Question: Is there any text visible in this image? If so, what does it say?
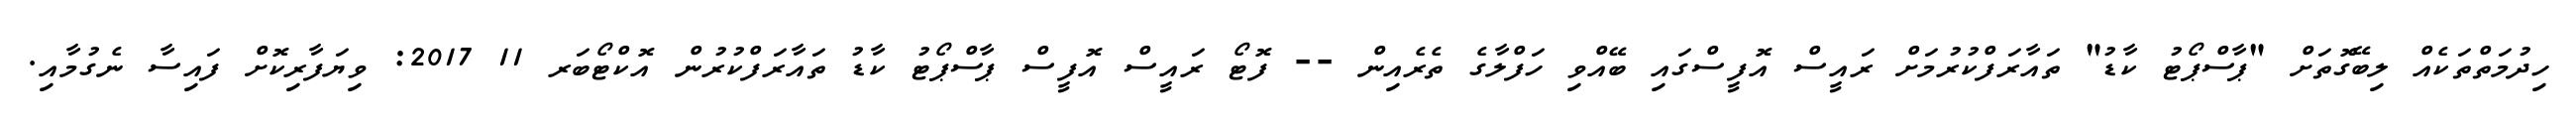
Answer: ހިދުމަތްތަކެއް ލިބޭގޮތަށް "ޕާސްޕޯޓު ކާޑު" ތައާރަފްކުރުމަށް ރައީސް އޮފީސްގައި ބޭއްވި ހަފްލާގެ ތެރެއިން -- ފޮޓޯ ރައީސް އޮފީސް ޕާސްޕޯޓު ކާޑު ތައާރަފްކުރުން އޮކްޓޯބަރ 11 2017: ވިޔަފާރިކޮށް ފައިސާ ނެގުމާއި.